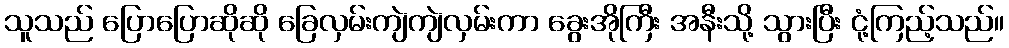
သူသည် ပြောပြောဆိုဆို ခြေလှမ်းကျဲကျဲလှမ်းကာ ခွေးအိုကြီး အနီးသို့ သွားပြီး ငုံ့ကြည့်သည်။